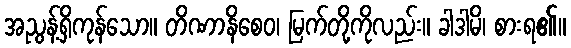
အညွန့်ရှိကုန်သော။ တိဏာနိစေဝ၊ မြက်တို့ကိုလည်း။ ခါဒါမိ၊ စားရ၏။